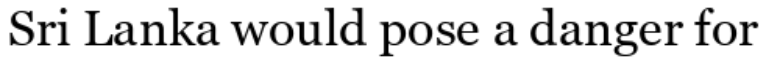
Sri Lanka would pose a danger for